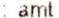
: AMT